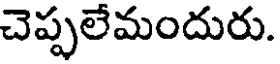
చెప్పలేమందురు.